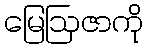
မြေဩဇာကို